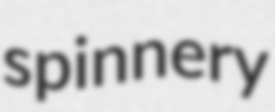
spinnery